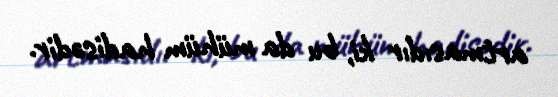
artmasıdır ki, bu da mühüm hadisədir.